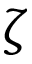
\zeta